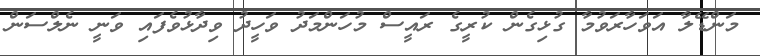
މަންޑޭލާ އަވަހާރަވުމާ ގުޅިގެން ކުރީީގެ ރައީސް މުހަންމަދު ވަހީދު ވިދާޅުވެފައި ވަނީ ނެލްސަން